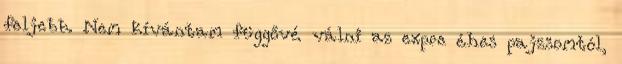
feljebb. Nem kívántam függővé válni az expre éhes pajzsomtól,